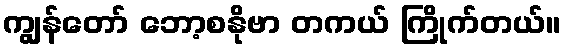
ကျွန်တော် ဘော့စနိုဗာ တကယ် ကြိုက်တယ်။